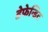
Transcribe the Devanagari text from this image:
डेफेन्डिट